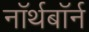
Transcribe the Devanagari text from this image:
नॉर्थबॉर्न